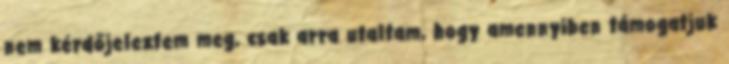
nem kérdőjeleztem meg, csak arra utaltam, hogy amennyiben támogatjuk